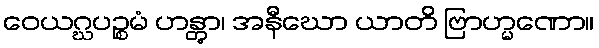
ဝေယဂ္ဃပဉ္စမံ ဟန္တွာ၊ အနီဃော ယာတိ ဗြာဟ္မဏော။